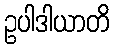
ဥပါဒါယာတိ